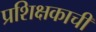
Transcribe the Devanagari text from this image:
प्रशिक्षकाची